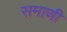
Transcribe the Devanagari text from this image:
समाणी